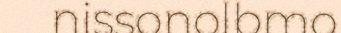
nissonolbmo